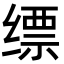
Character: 缥